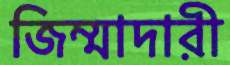
জিম্মাদারী